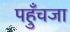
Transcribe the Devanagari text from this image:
पहुँचजा